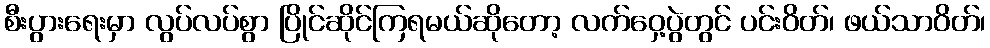
စီးပွားရေးမှာ လွပ်လပ်စွာ ပြိုင်ဆိုင်ကြရမယ်ဆိုတော့ လက်ဝှေ့ပွဲတွင် ပင်းဝိတ်၊ ဖယ်သာဝိတ်၊